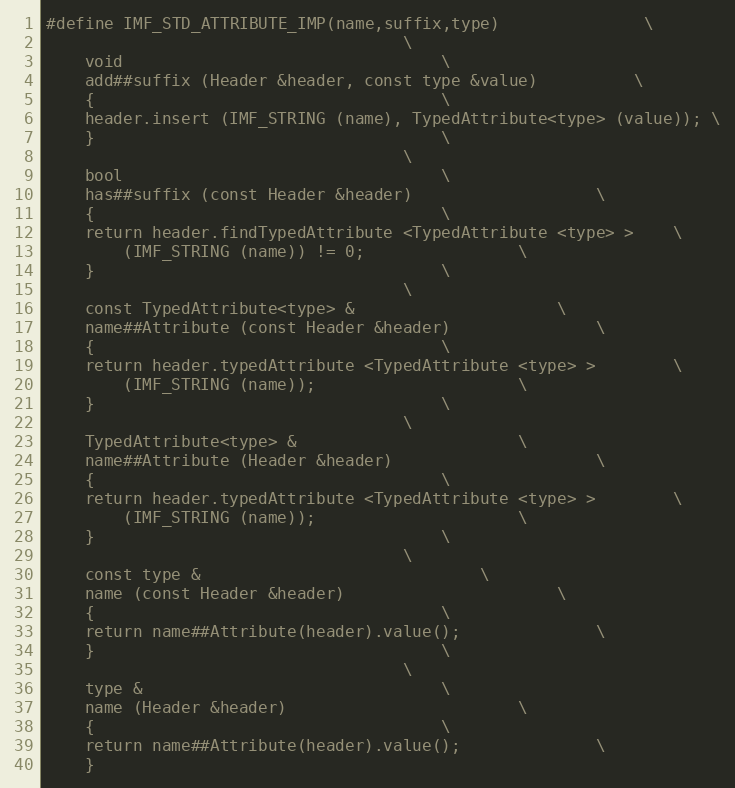
Language: C++
#define IMF_STD_ATTRIBUTE_IMP(name,suffix,type)				 \
									 \
    void								 \
    add##suffix (Header &header, const type &value)			 \
    {									 \
	header.insert (IMF_STRING (name), TypedAttribute<type> (value)); \
    }									 \
									 \
    bool								 \
    has##suffix (const Header &header)					 \
    {									 \
	return header.findTypedAttribute <TypedAttribute <type> >	 \
		(IMF_STRING (name)) != 0;				 \
    }									 \
									 \
    const TypedAttribute<type> &					 \
    name##Attribute (const Header &header)				 \
    {									 \
	return header.typedAttribute <TypedAttribute <type> >		 \
		(IMF_STRING (name));					 \
    }									 \
									 \
    TypedAttribute<type> &						 \
    name##Attribute (Header &header)					 \
    {									 \
	return header.typedAttribute <TypedAttribute <type> >		 \
		(IMF_STRING (name));					 \
    }									 \
									 \
    const type &							 \
    name (const Header &header)						 \
    {									 \
	return name##Attribute(header).value();				 \
    }									 \
									 \
    type &								 \
    name (Header &header)						 \
    {									 \
	return name##Attribute(header).value();				 \
    }